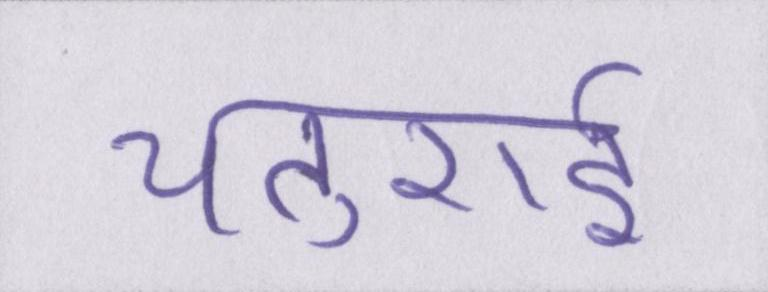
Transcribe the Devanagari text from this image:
चतुराई